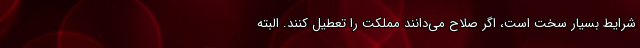
شرایط بسیار سخت است، اگر صلاح می‌دانند مملکت را تعطیل کنند. البته